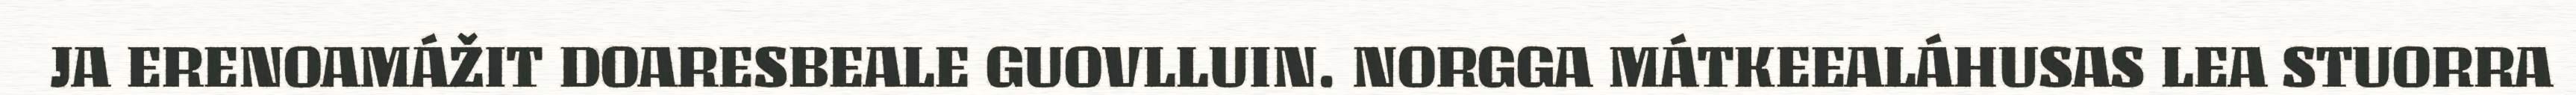
JA ERENOAMÁŽIT DOARESBEALE GUOVLLUIN. NORGGA MÁTKEEALÁHUSAS LEA STUORRA